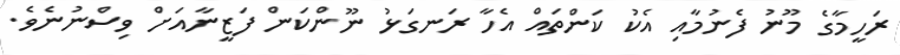
ރަހީމާގެ މޫނު ފެނުމާއި އެކު ކަންތައް އެހާ ރަނގަޅު ނޫންކަން ފަޒީނާއަށް ވިސްނުނެވެ.